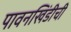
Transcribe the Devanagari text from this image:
पावनखिंडीची